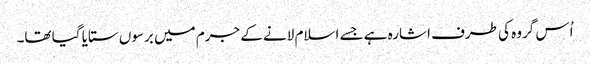
اُس گروہ کی طرف اشارہ ہے جسے اسلام لانے کے جرم میں برسوں ستایا گیا تھا۔